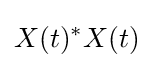
X(t)^{*}X(t)